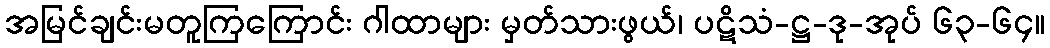
အမြင်ချင်းမတူကြကြောင်း ဂါထာများ မှတ်သားဖွယ်၊ ပဋိသံ-ဋ္ဌ-ဒု-အုပ် ၆၃-၆၄။